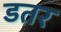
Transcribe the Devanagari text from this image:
डतर